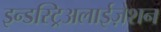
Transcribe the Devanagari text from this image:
इन्डस्ट्रिअलाईज़ेशन